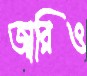
জারিও